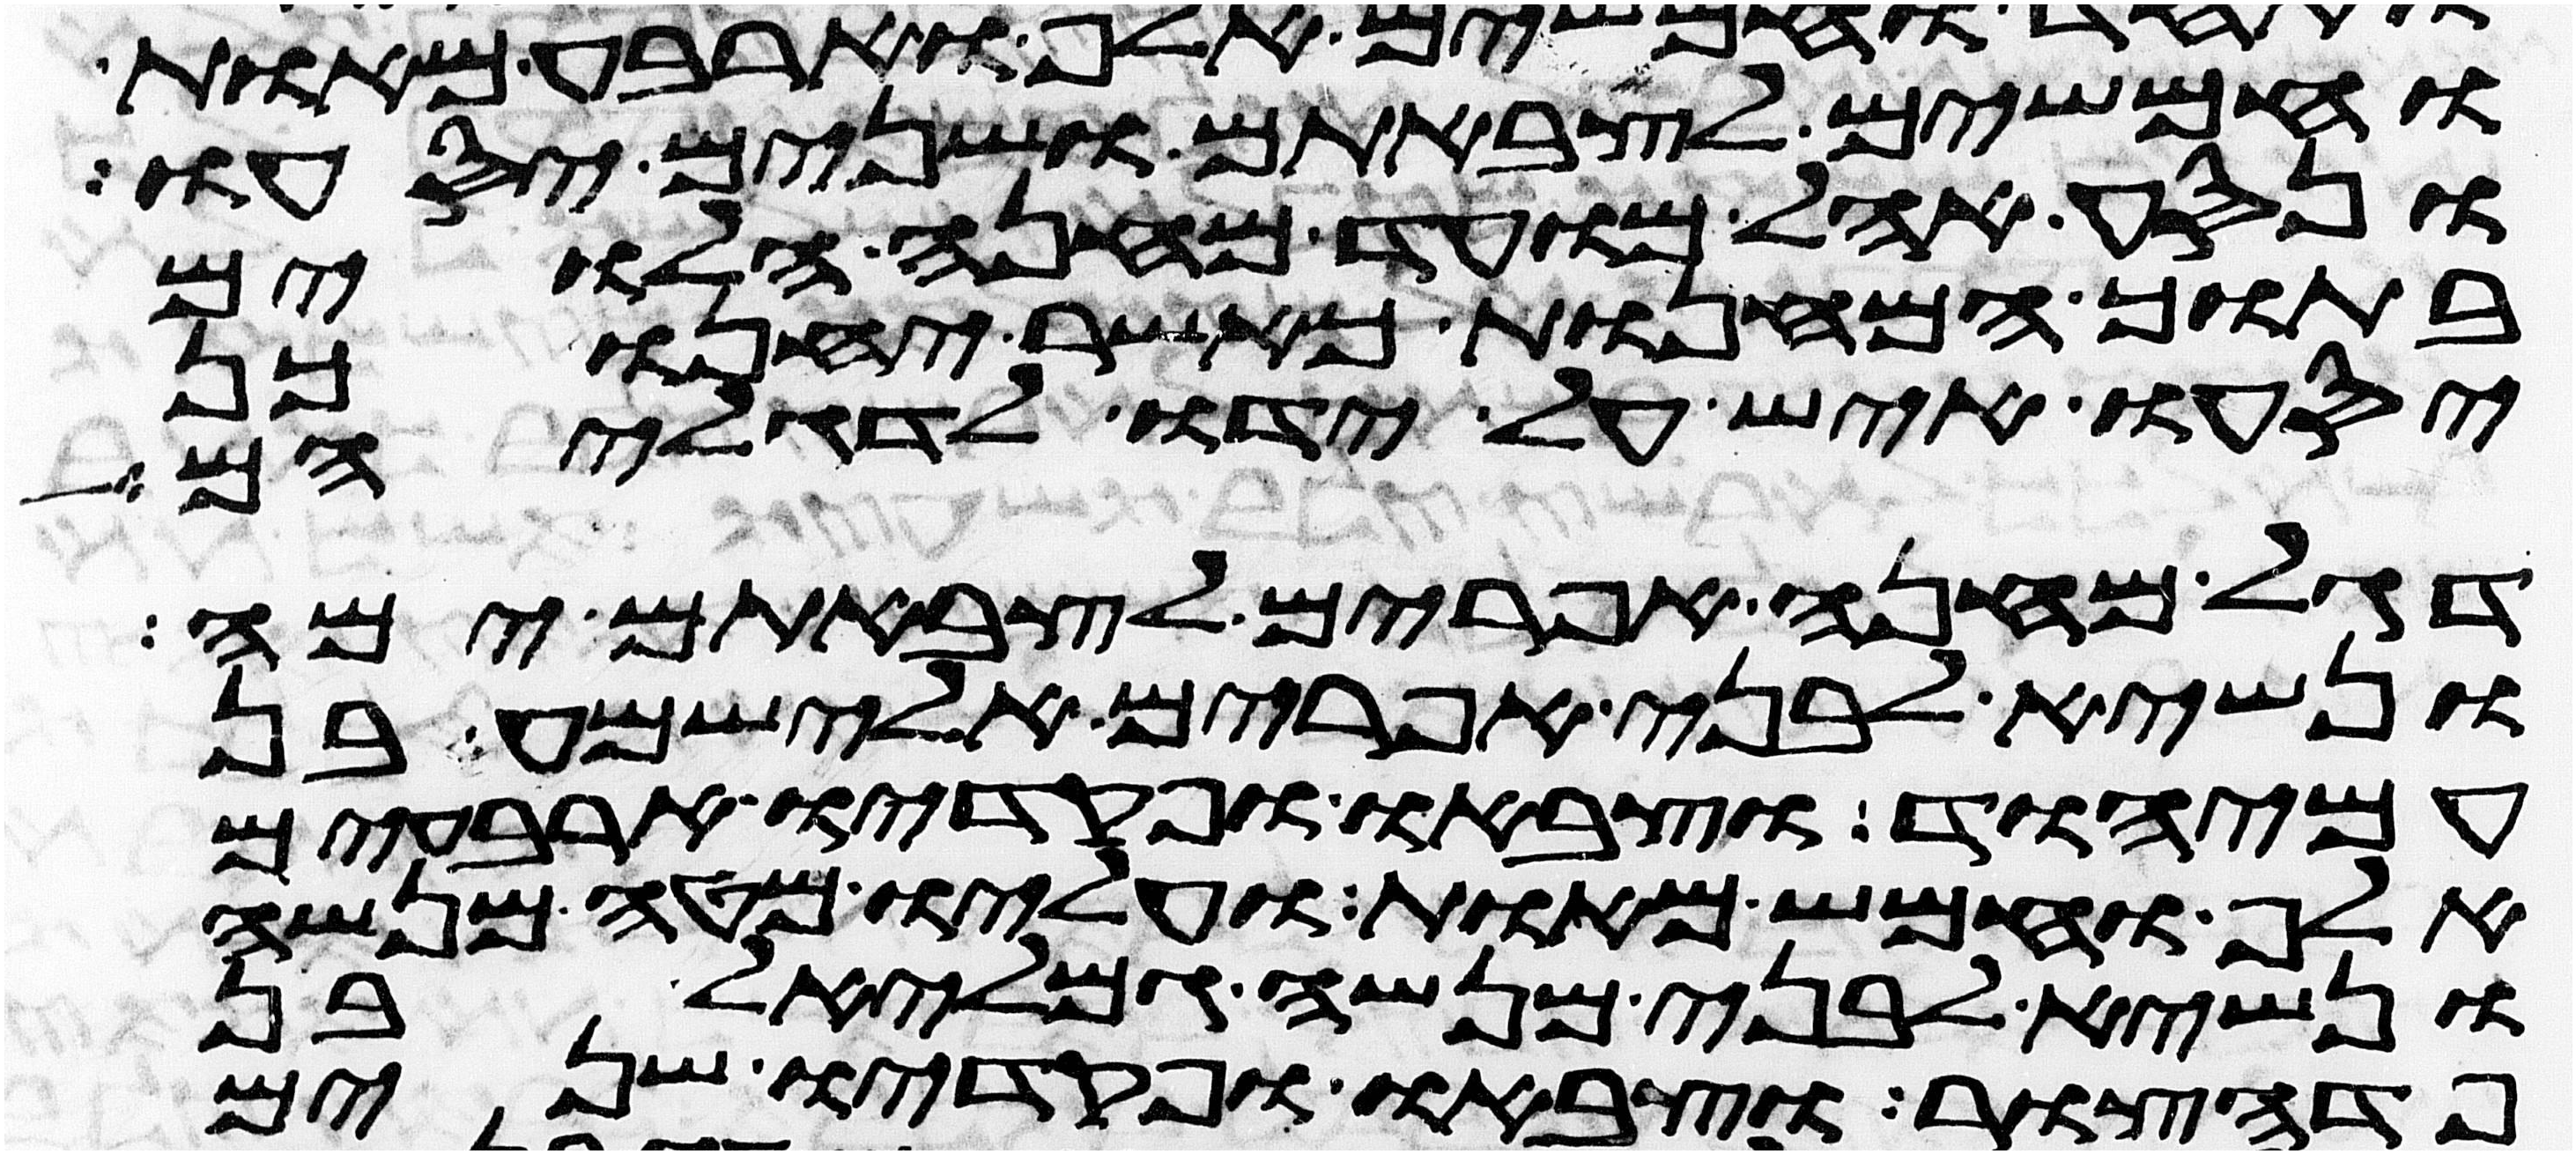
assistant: וחמשים לצבאתם ושנים יסעו
ונסע אהל מועד מחנה הלוים
בתוך המחנות כאשר יחנו כן
יסעו איש על ידו לדגליהם
דגל מחנה אפרים לצבאתם ימה
ונשיא לבני אפרים אלישמע בן
עמיהוד וצבאו ופקדיו ארבעים
אלף וחמש מאות ועליו מטה מנשה
ונשיא לבני מנשה גמליאל בן
פדהצור וצבאו ופקדיו שנים